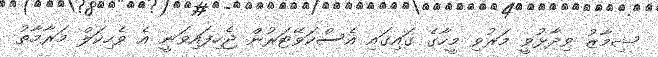
ޝިމާޒު ވިދާޅުވީ މަރުވި މީހާގެ ގައިގައި އެސްކަވޭޓަރުން ޖެހިފައިވަނީ އެ ވެހިކަލް މަރާމާތު